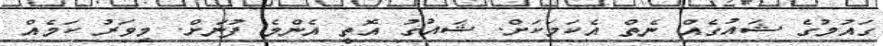
ގައުމުގެ ޝައުގެއް ނެތް އެކަމަކަށް. ޝައުގު އޮތީ އެންމެ ފުނަށް. މިވަރު ކަމެއް